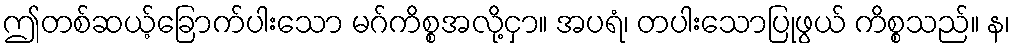
ဤတစ်ဆယ့်ခြောက်ပါးသော မဂ်ကိစ္စအလို့ငှာ။ အပရံ၊ တပါးသောပြုဖွယ် ကိစ္စသည်။ န၊